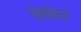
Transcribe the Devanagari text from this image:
रैविने